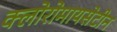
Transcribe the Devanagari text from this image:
क्लोरोमायसेटीन